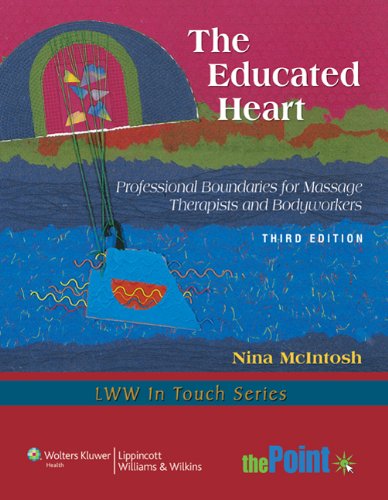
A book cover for The Educated Heart: Professional Boundaries for Massage Therapists and Bodyworkers (LWW In Touch Series); Nina McIntosh MSW; Medical Books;